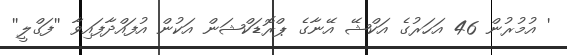
' އުމުރުން 46 އަހަރުގެ އަކްޝޭ އޭނާގެ ޕްރޮޑަކްޝަން އަކުން އުފައްދާފައިވާ ''ފަގްލީ''